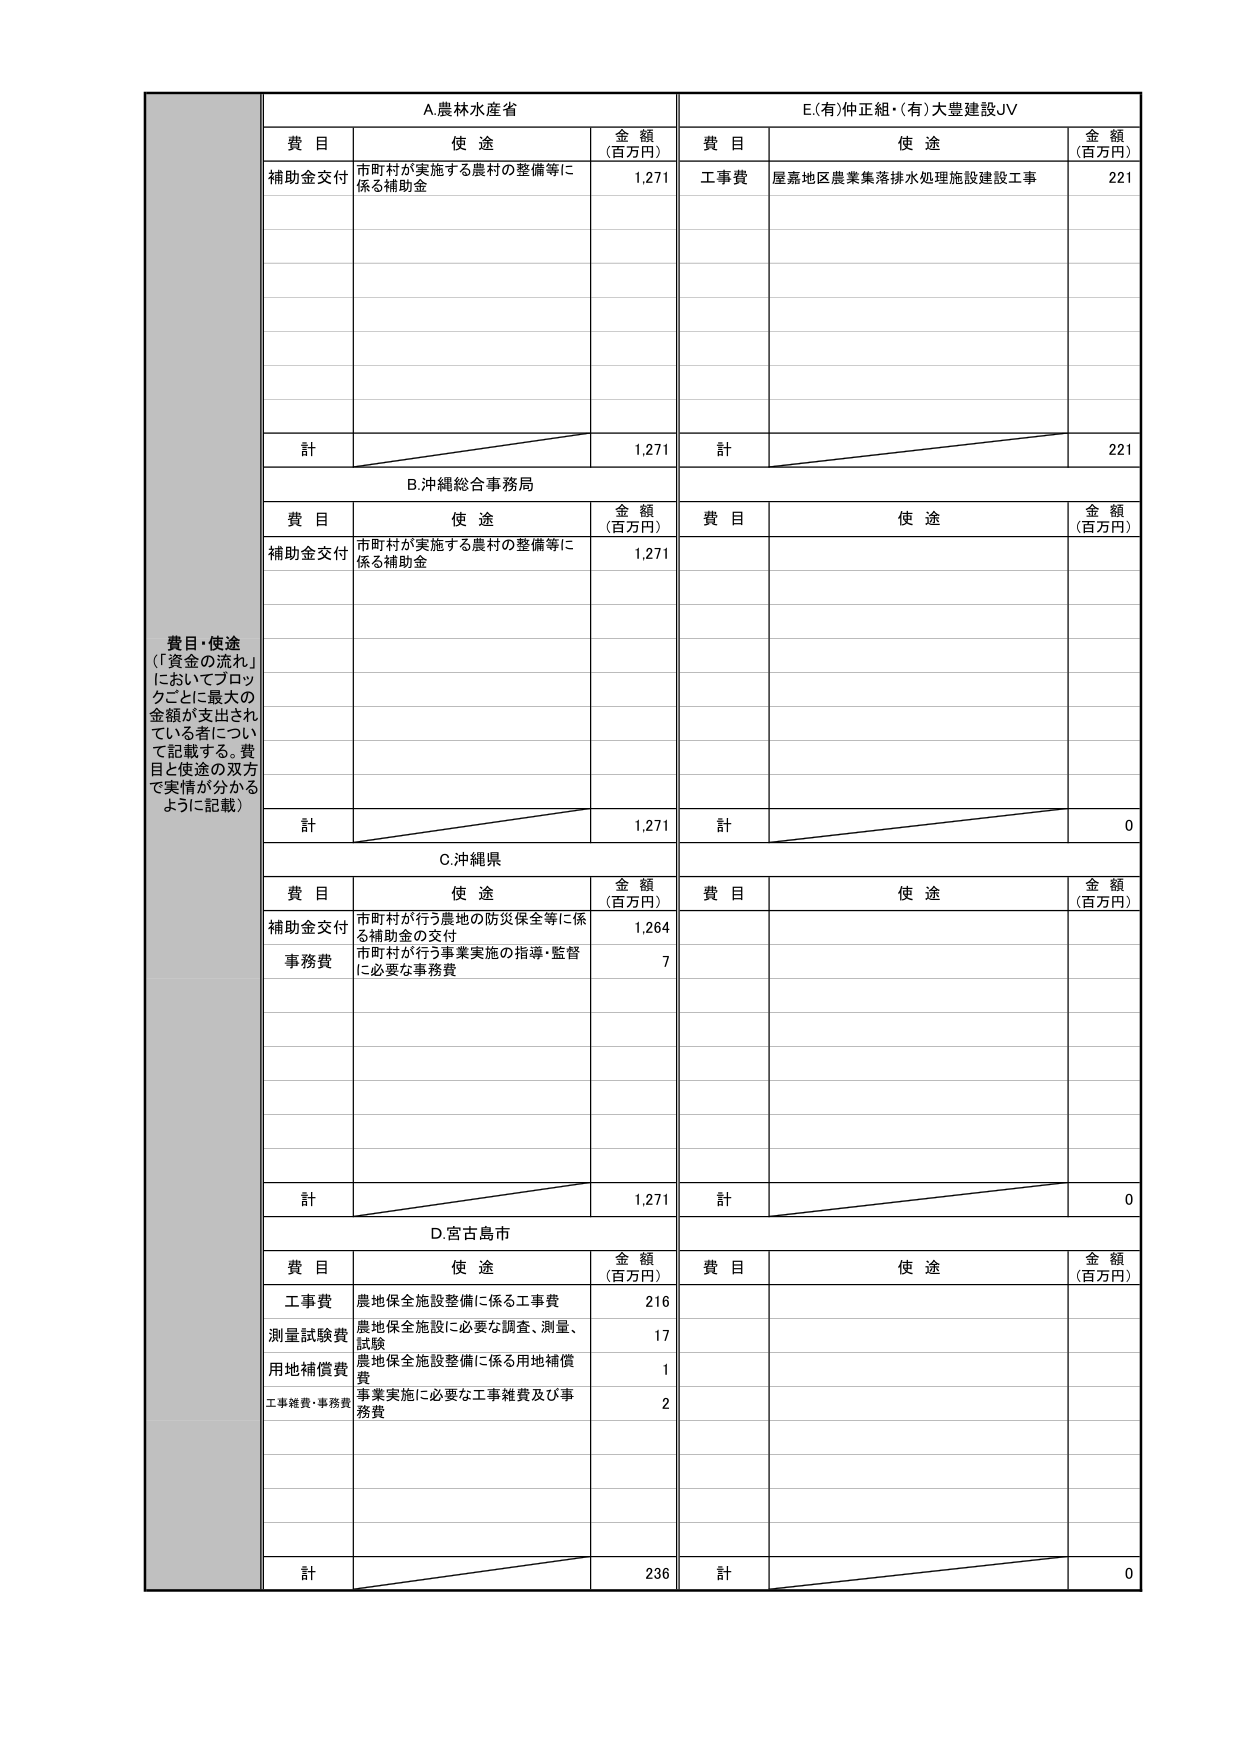
費目・使途
（「資金の流れ」
においてブロッ
クごとに最大の
金額が支出され
ている者につい
て記載する。費
目と使途の双方
で実情が分かる
ように記載）

A.農林水産省
費目 使途 金額（百万円）
補助金交付 市町村が実施する農村の整備等に係る補助金 1,271
計 1,271

E.(有)仲正組・(有)大豊建設JV
費目 使途 金額（百万円）
工事費 屋嘉地区農業集落排水処理施設建設工事 221
計 221

B.沖縄総合事務局
費目 使途 金額（百万円）
補助金交付 市町村が実施する農村の整備等に係る補助金 1,271
計 1,271

C.沖縄県
費目 使途 金額（百万円）
補助金交付 市町村が行う農地の防災保全等に係る補助金の交付 1,264
事務費 市町村が行う事業実施の指導・監督に必要な事務費 7
計 1,271

D.宮古島市
費目 使途 金額（百万円）
工事費 農地保全施設整備に係る工事費 216
測量試験費 農地保全施設に必要な調査、測量、試験 17
用地補償費 農地保全施設整備に係る用地補償費 1
工事雑費・事務費 事業実施に必要な工事雑費及び事務費 2
計 236

（右側の列はすべて空白または0）
費目 使途 金額（百万円）
計 0
費目 使途 金額（百万円）
計 0
費目 使途 金額（百万円）
計 0